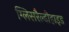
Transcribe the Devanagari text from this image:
ग्लिसरैल्डीहाइड